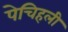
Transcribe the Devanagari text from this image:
पेचिहली